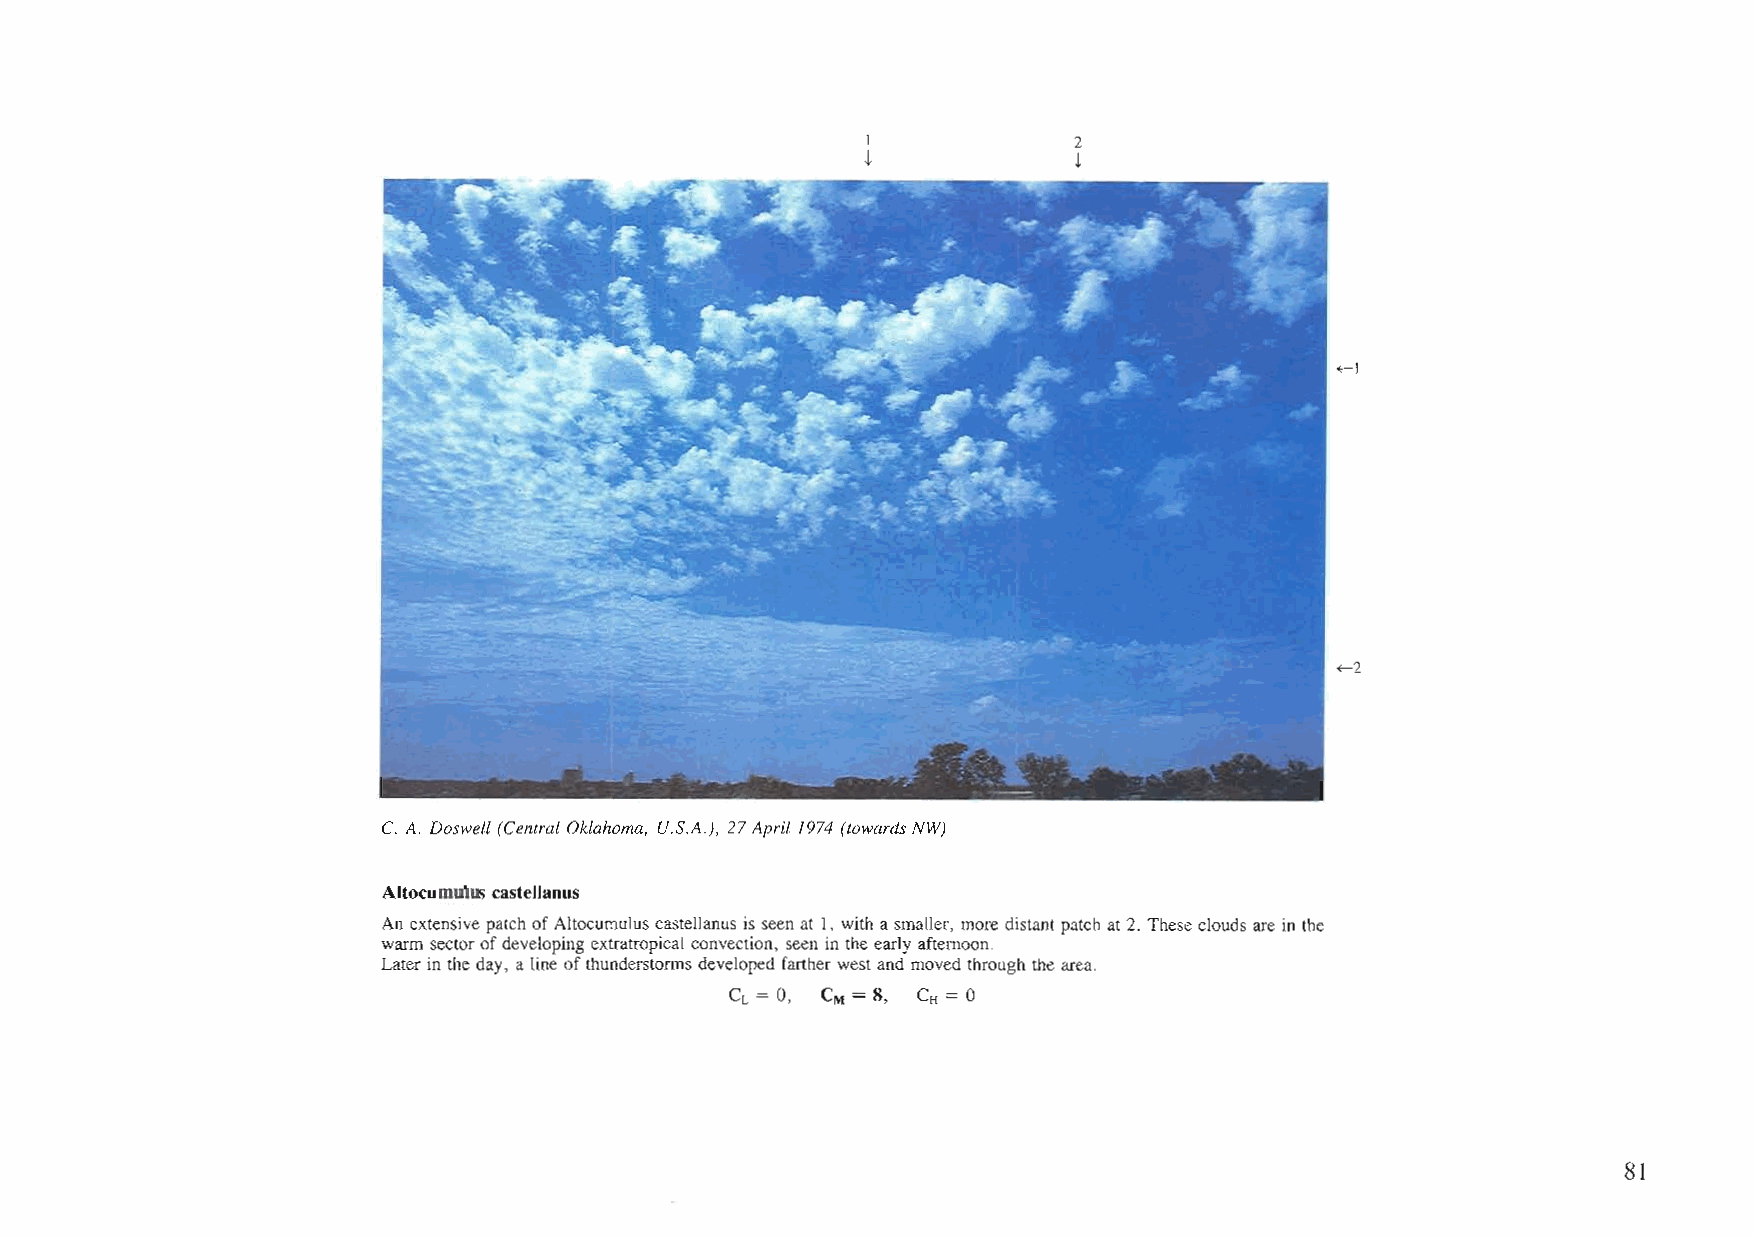
I             2
 t             t
 ~l
 ~2
 C. A. Doswell (Central Oklahoma, U.S.A.), 27April1974 (towards NW)
 Altocumulus castellanus
 An extensive patchofAltocumuluscastellanus is seen at 1, with asmaller, moredistant patch at 2. These clouds are in the
 warm sectorofdeveloping extratropical convection, seen in the early afternoon.
 Later in the day, a line ofthunderstorms developedfarther west and moved through the area.
 CL = 0, CM = 8, CH = 0
 81